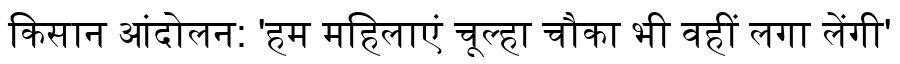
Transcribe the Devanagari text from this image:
किसान आंदोलन: 'हम महिलाएं चूल्हा चौका भी वहीं लगा लेंगी'